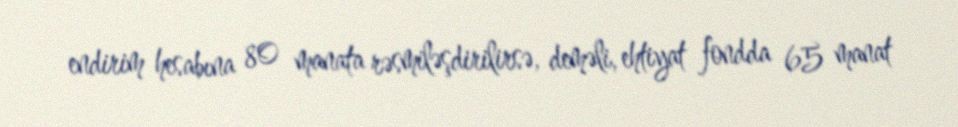
endirim hesabına 80 manata rəsmiləşdirilirsə, deməli, ehtiyat fondda 65 manat